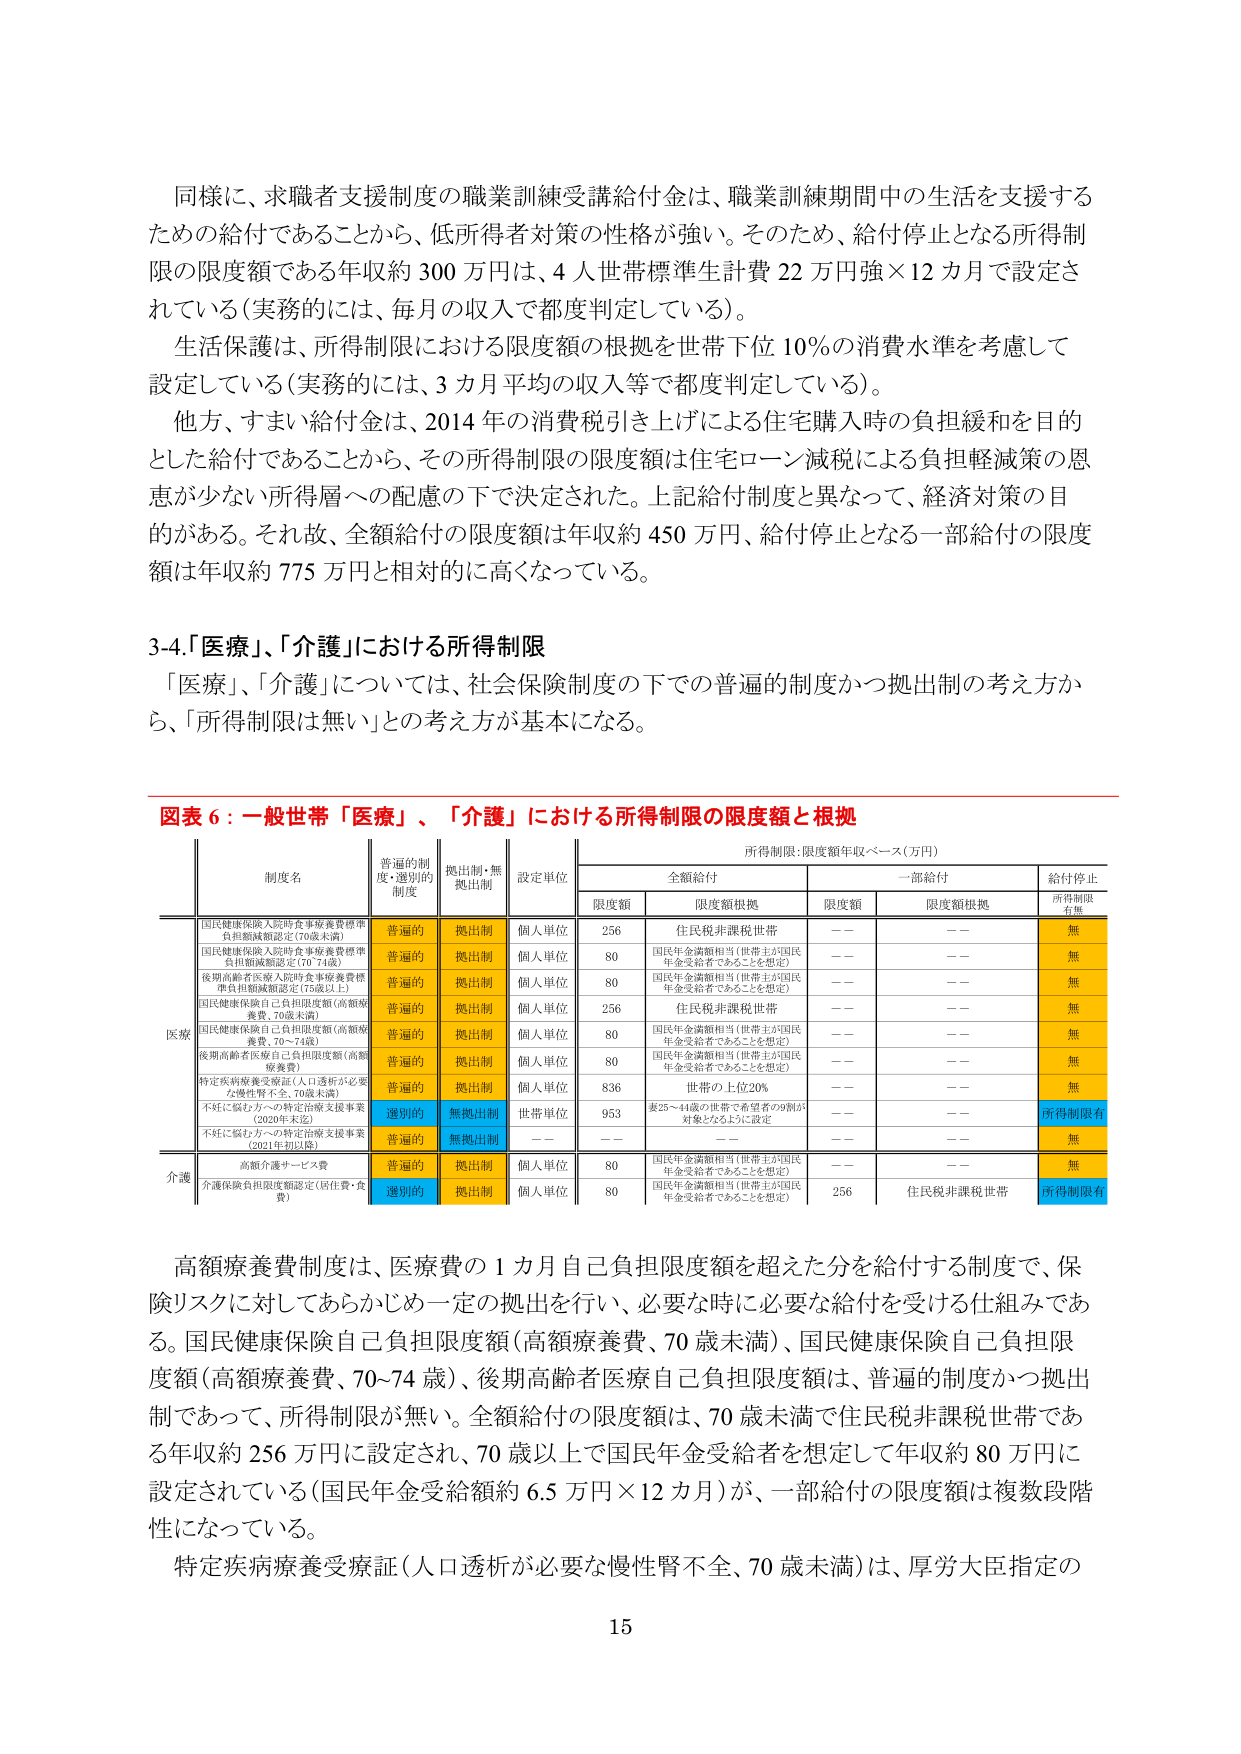
同様に、求職者支援制度の職業訓練受講給付金は、職業訓練期間中の生活を支援するための給付であることから、低所得者対策の性格が強い。そのため、給付停止となる所得制限の限度額である年収約300万円は、4人世帯標準生計費22万円強×12カ月で設定されている（実務的には、毎月の収入で都度判定している）。

生活保護は、所得制限における限度額の根拠を世帯下位10％の消費水準を考慮して設定している（実務的には、3カ月平均の収入等で都度判定している）。

他方、すまい給付金は、2014年の消費税引き上げによる住宅購入時の負担緩和を目的とした給付であることから、その所得制限の限度額は住宅ローン減税による負担軽減策の恩恵が少ない所得層への配慮の下で決定された。上記給付制度と異なって、経済対策の目的がある。それ故、全額給付の限度額は年収約450万円、給付停止となる一部給付の限度額は年収約775万円と相対的に高くなっている。

3-4.「医療」、「介護」における所得制限

「医療」、「介護」については、社会保険制度の下での普遍的制度かっ拠出制の考え方から、「所得制限は無い」との考え方が基本になる。

図表6：一般世帯「医療」、「介護」における所得制限の限度額と根拠

所得制限：限度額年収ベース（万円）

| 制度名 | 普遍的制度・選別的制度 | 拠出制・無拠出制 | 設定単位 | 全額給付 | 一部給付 | 給付停止 |
| :--- | :--- | :--- | :--- | :--- | :--- | :--- |
| | | | | 限度額 | 限度額根拠 | 限度額 | 限度額根拠 | 所得制限有無 |
| 国民健康保険入院時食事療養費標準負担額減額認定（70歳未満） | 普遍的 | 拠出制 | 個人単位 | 256 | 住民税非課税世帯 | —— | —— | 無 |
| 国民健康保険入院時食事療養費標準負担額減額認定（70～74歳） | 普遍的 | 拠出制 | 個人単位 | 80 | 国民年金受給者相当（世帯主が国民年金受給者であることを想定） | —— | —— | 無 |
| 後期高齢者医療入院時食事療養費標準負担額減額認定（75歳以上） | 普遍的 | 拠出制 | 個人単位 | 80 | 国民年金受給者相当（世帯主が国民年金受給者であることを想定） | —— | —— | 無 |
| 国民健康保険自己負担限度額（高額療養費、70歳未満） | 普遍的 | 拠出制 | 個人単位 | 256 | 住民税非課税世帯 | —— | —— | 無 |
| 国民健康保険自己負担限度額（高額療養費、70～74歳） | 普遍的 | 拠出制 | 個人単位 | 80 | 国民年金受給者相当（世帯主が国民年金受給者であることを想定） | —— | —— | 無 |
| 後期高齢者医療自己負担限度額（高額療養費） | 普遍的 | 拠出制 | 個人単位 | 80 | 国民年金受給者相当（世帯主が国民年金受給者であることを想定） | —— | —— | 無 |
| 特定疾病療養受療証（人口透析が必要な慢性腎不全、70歳未満） | 普遍的 | 拠出制 | 個人単位 | 836 | 世帯の上位20% | —— | —— | 無 |
| 不妊に悩む方への特定治療支援事業（2020年未達） | 選別的 | 無拠出制 | 世帯単位 | 953 | 要25～44歳の世帯で希望者の9割が対象となるように設定 | —— | —— | 所得制限有 |
| 不妊に悩む方への特定治療支援事業（2021年9月以降） | 普遍的 | 無拠出制 | —— | —— | —— | —— | —— | 無 |
| 介護 | 高額介護サービス費 | 普遍的 | 拠出制 | 個人単位 | 80 | 国民年金受給者相当（世帯主が国民年金受給者であることを想定） | —— | —— | 無 |
| 介護保険負担限度額認定（居住費・食費） | 選別的 | 拠出制 | 個人単位 | 80 | 国民年金受給者相当（世帯主が国民年金受給者であることを想定） | 256 | 住民税非課税世帯 | 所得制限有 |

高額療養費制度は、医療費の1カ月自己負担限度額を超えた分を給付する制度で、保険リスクに対してあらかじめ一定の拠出を行い、必要な時に必要な給付を受ける仕組みである。国民健康保険自己負担限度額（高額療養費、70歳未満）、国民健康保険自己負担限度額（高額療養費、70～74歳）、後期高齢者医療自己負担限度額は、普遍的制度かっ拠出制であって、所得制限が無い。全額給付の限度額は、70歳未満で住民税非課税世帯である年収約256万円に設定され、70歳以上で国民年金受給者を想定して年収約80万円に設定されている（国民年金受給額約6.5万円×12カ月）が、一部給付の限度額は複数段階性になっている。

特定疾病療養受療証（人口透析が必要な慢性腎不全、70歳未満）は、厚労大臣指定の

15